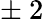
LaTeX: \pm~2